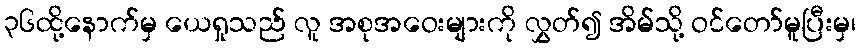
၃၆ထို့နောက်မှ ယေရှုသည် လူ အစုအဝေးများကို လွှတ်၍ အိမ်သို့ ဝင်တော်မူပြီးမှ၊